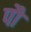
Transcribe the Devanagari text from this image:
पौं